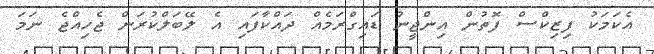
އެކަމަކު ފިޒިކްސް ފޮތުން އިންޖީނު ޑައިގްރަމެއް ދައްކާފައި އެ ލޭބަލްކުރަން ޖެހިއްޖެ ނަމަ